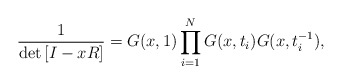
\begin{align*}\frac{1}{\det\left[I-xR\right]}=G(x,1)\prod_{i=1}^{N}G(x,t_{i})G(x,t_{i}^{-1}),\end{align*}